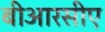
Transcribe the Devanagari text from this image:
बीआरसीए